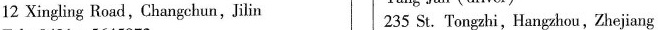
12 Xingling Road,Changchun,Jilin 235 St. Tongzhi,Hangzhou,Zhejiang